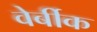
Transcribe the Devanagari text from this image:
वेर्बीक